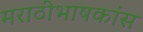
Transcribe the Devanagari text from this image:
मराठीभाषकांस